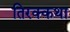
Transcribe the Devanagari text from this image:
तिरक्कथा